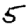
Digit: 5